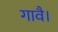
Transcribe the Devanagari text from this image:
गावै।